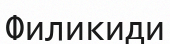
Филикиди